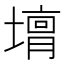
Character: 𡐴